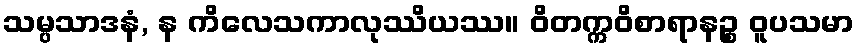
သမ္ပသာဒနံ, န ကိလေသကာလုဿိယဿ။ ဝိတက္ကဝိစာရာနဉ္စ ဝူပသမာ